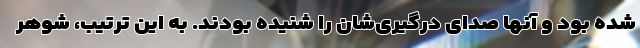
شده بود و آنها صدای درگیری‌شان را شنیده بودند. به این ترتیب، شوهر